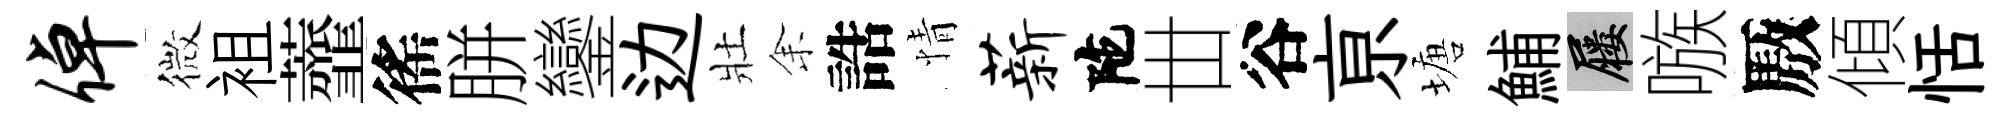
倬微袓虀徭胼鑾边壯𪜬誥情薪陀丗谷亰塘鯆屨嗾厫傾恬